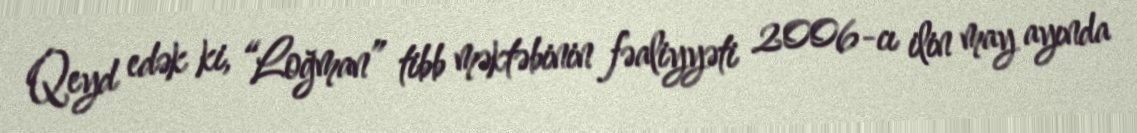
Qeyd edək ki, “Loğman” tibb məktəbinin fəaliyyəti 2006-cı ilin may ayında